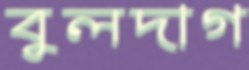
বুলদাগ